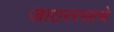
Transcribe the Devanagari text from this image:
जाठररसाचे